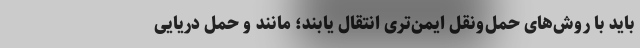
باید با روش‌های حمل‌ونقل ایمن‌تری انتقال یابند؛ مانند و حمل دریایی